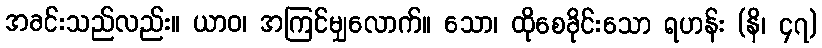
အခင်းသည်လည်း။ ယာဝ၊ အကြင်မျှလောက်။ သော၊ ထိုစေခိုင်းသော ရဟန်း (နိ၊ ၄၇)